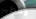
وخطير